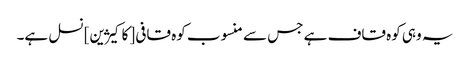
یہ وہی کوہ قاف ہے جس سے منسوب کوہ قافی [کاکیژین] نسل ہے۔